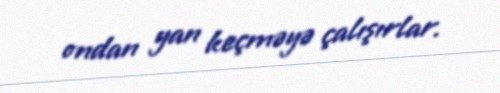
ondan yan keçməyə çalışırlar.